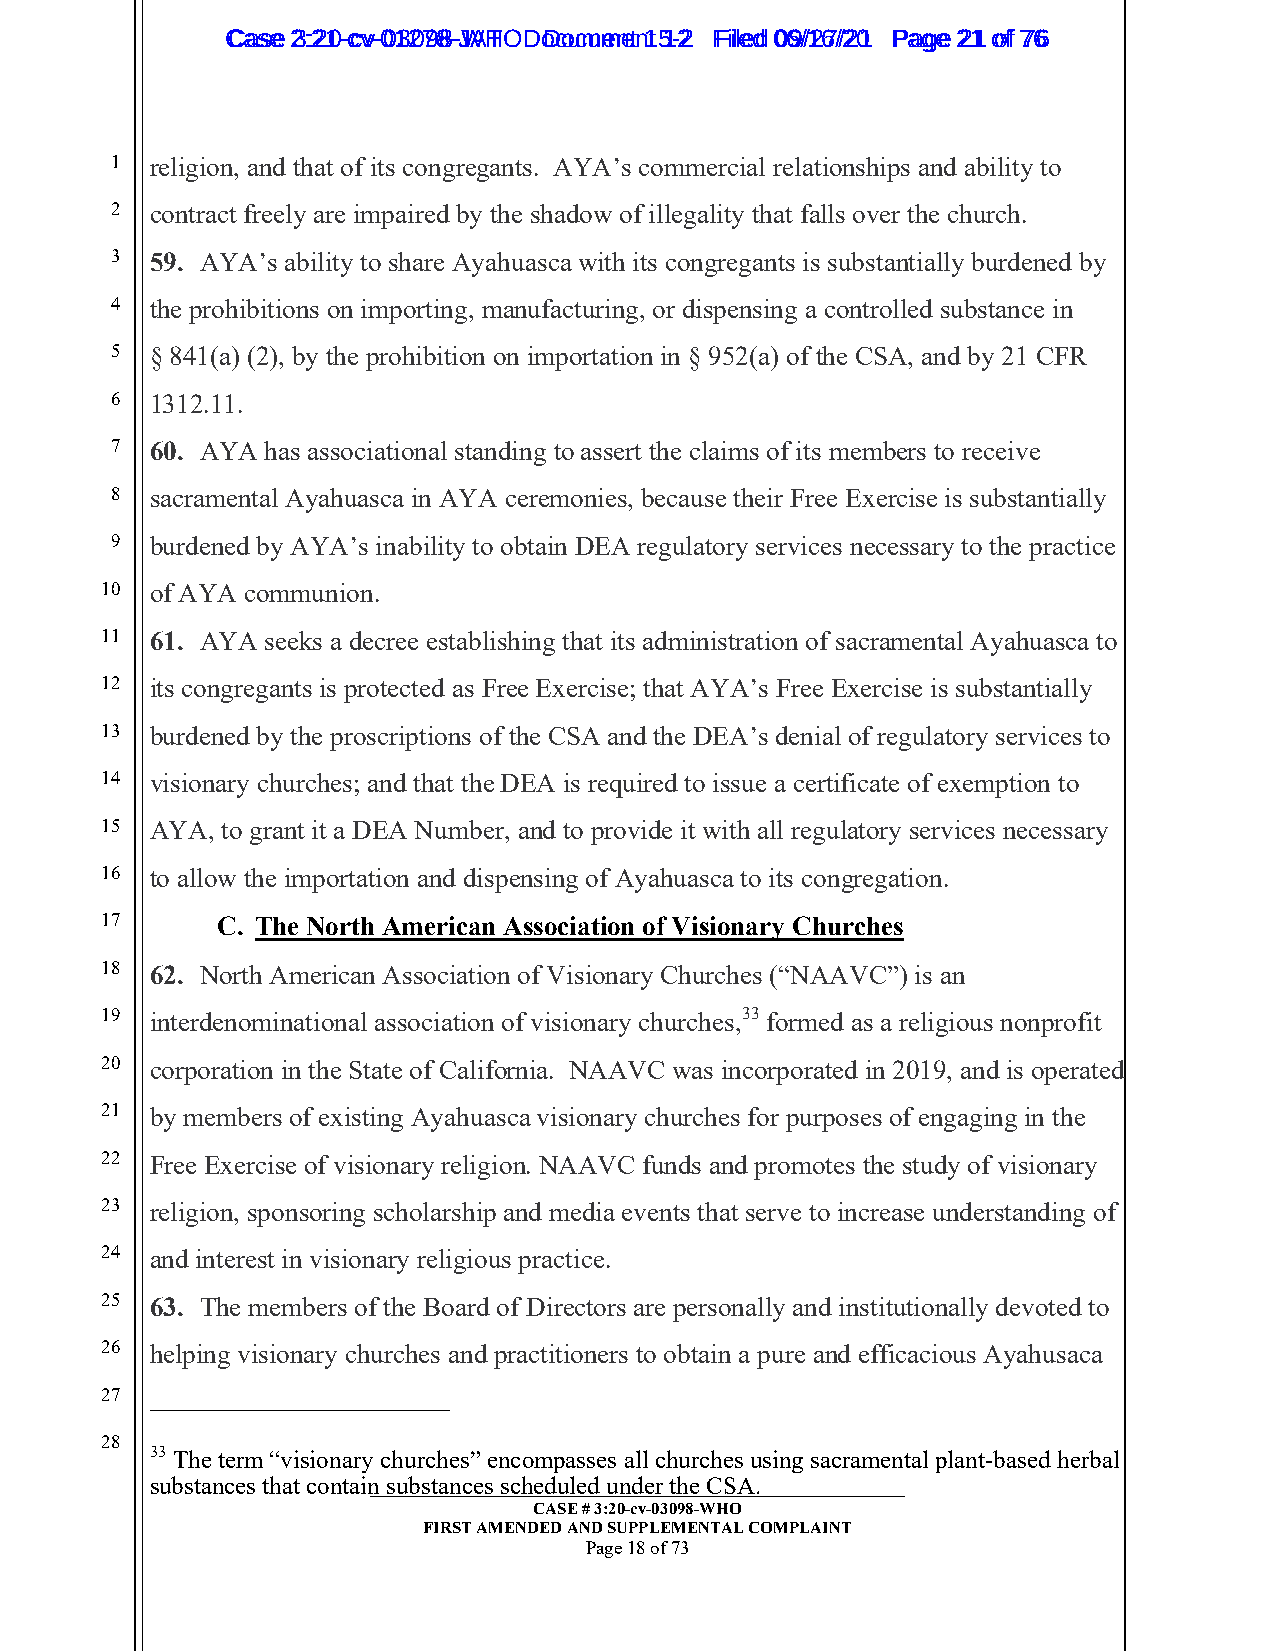
CCaassee 23::2210--ccvv--0013207988--JWAHT O D oDcoucmumenetn 1t 51-22 FFiilleedd 0069//1267//2201 PPaaggee 2211 ooff 7766
 1  religion, and that of its congregants. AYA’s commercial relationships and ability to
 2  contract freely are impaired by the shadow of illegality that falls over the church.
 3  59. AYA’s ability to share Ayahuasca with its congregants is substantially burdened by
 4  the prohibitions on importing, manufacturing, or dispensing a controlled substance in
 5  § 841(a) (2), by the prohibition on importation in § 952(a) of the CSA, and by 21 CFR
 6  1312.11.
 7  60. AYA has associational standing to assert the claims of its members to receive
 8  sacramental Ayahuasca in AYA ceremonies, because their Free Exercise is substantially
 9  burdened by AYA’s inability to obtain DEA regulatory services necessary to the practice
 10 of AYA communion.
 11 61. AYA seeks a decree establishing that its administration of sacramental Ayahuasca to
 12 its congregants is protected as Free Exercise; that AYA’s Free Exercise is substantially
 13 burdened by the proscriptions of the CSA and the DEA’s denial of regulatory services to
 14 visionary churches; and that the DEA is required to issue a certificate of exemption to
 15 AYA, to grant it a DEA Number, and to provide it with all regulatory services necessary
 16 to allow the importation and dispensing of Ayahuasca to its congregation.
 17     C. The North American Association of Visionary Churches
 18 62. North American Association of Visionary Churches (“NAAVC”) is an
 19 interdenominational association of visionary churches,33 formed as a religious nonprofit
 20 corporation in the State of California. NAAVC was incorporated in 2019, and is operated
 21 by members of existing Ayahuasca visionary churches for purposes of engaging in the
 22 Free Exercise of visionary religion. NAAVC funds and promotes the study of visionary
 23 religion, sponsoring scholarship and media events that serve to increase understanding of
 24 and interest in visionary religious practice.
 25 63. The members of the Board of Directors are personally and institutionally devoted to
 26 helping visionary churches and practitioners to obtain a pure and efficacious Ayahusaca
 27
 28
 33 The term “visionary churches” encompasses all churches using sacramental plant-based herbal
 substances that contain__ s_u__b_s_t_a_n_c_e__s_ s_c__h_e_d_u__le__d_ _u_n_d__e_r_ t_h_e__ C__S__A__. _______________
 CASE # 3:20-cv-03098-WHO
 FIRST AMENDED AND SUPPLEMENTAL COMPLAINT
 Page 18 of 73